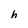
Character: h